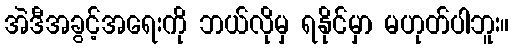
အဲဒီအခွင့်အရေးကို ဘယ်လိုမှ ရနိုင်မှာ မဟုတ်ပါဘူး။